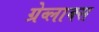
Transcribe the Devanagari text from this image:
ग्रेव्लाक्स